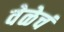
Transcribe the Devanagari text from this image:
वेळेचं